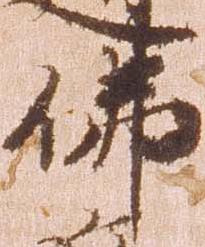
仏